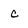
Character: c